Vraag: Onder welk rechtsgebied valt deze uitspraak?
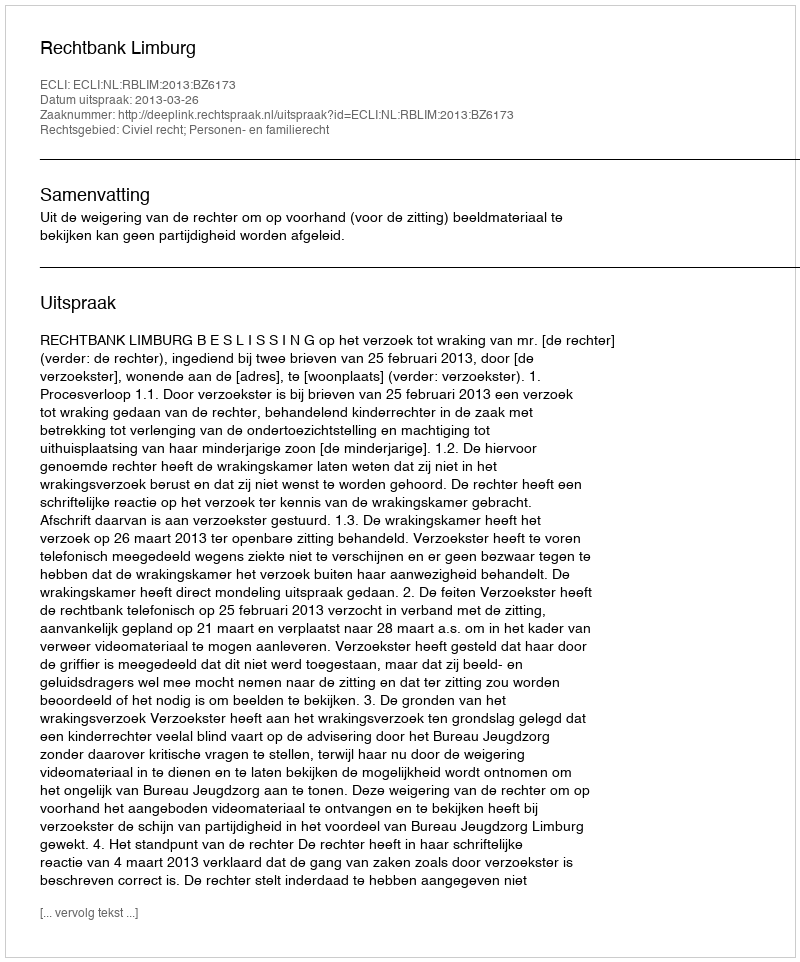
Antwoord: Civiel recht; Personen- en familierecht